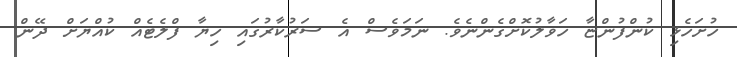
ހުށަހެޅި ކުންފުންޏާ ހަވާލުކޮށްގެންނެވެ. ނަމަވެސް އެ ސަރުކާރުގައި ހިޔާ ފްލެޓެއް ކުއްޔަށް ދޭން